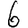
Digit: 6